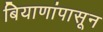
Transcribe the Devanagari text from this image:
बियाणांपासून